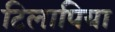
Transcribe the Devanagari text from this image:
टिलापिया